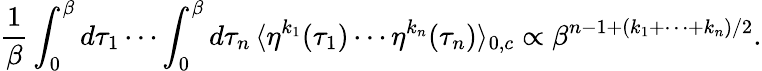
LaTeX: \frac{1}{\beta}\int_{0}^{\beta}d\tau_{1}\cdots\int_{0}^{\beta}d\tau_{n}\, \langle\eta^{k_{1}}(\tau_{1})\cdots\eta^{k_{n}}(\tau_{n})\rangle_{0,c}\propto\beta^{n-1+(k_{1}+\cdots+k_{n})/2}.